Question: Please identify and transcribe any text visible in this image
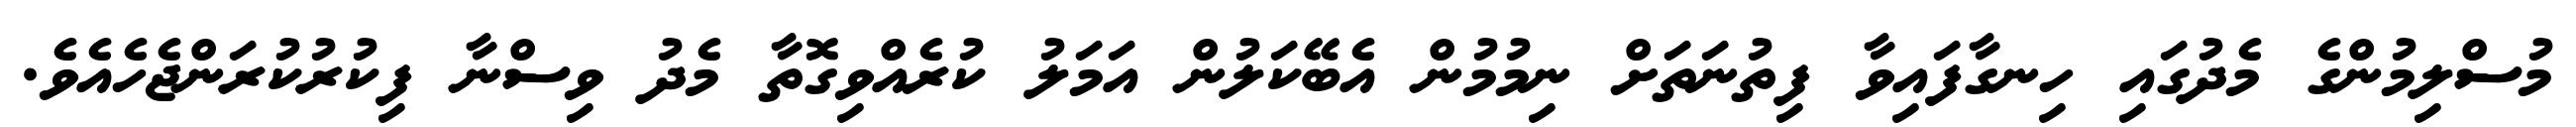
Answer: މުސްލިމުންގެ މެދުގައި ހިނގާފައިވާ ފިތުނަތަށް ނިމުމުން އެބޭކަލުން އަމަލު ކުރެއްވިގޮތާ މެދު ވިސްނާ ފިކުރުކުރަންޖެހެއެވެ.